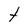
Character: t